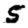
Digit: 5